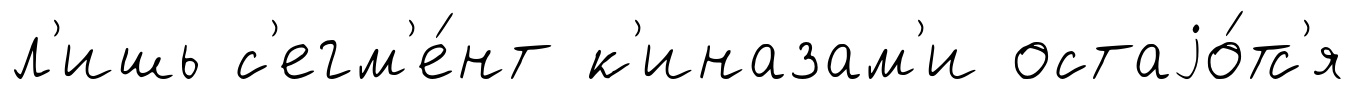
л'ишь с'егм'е́нт к'иназам'и остаjо́тс'я